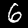
Label: 6